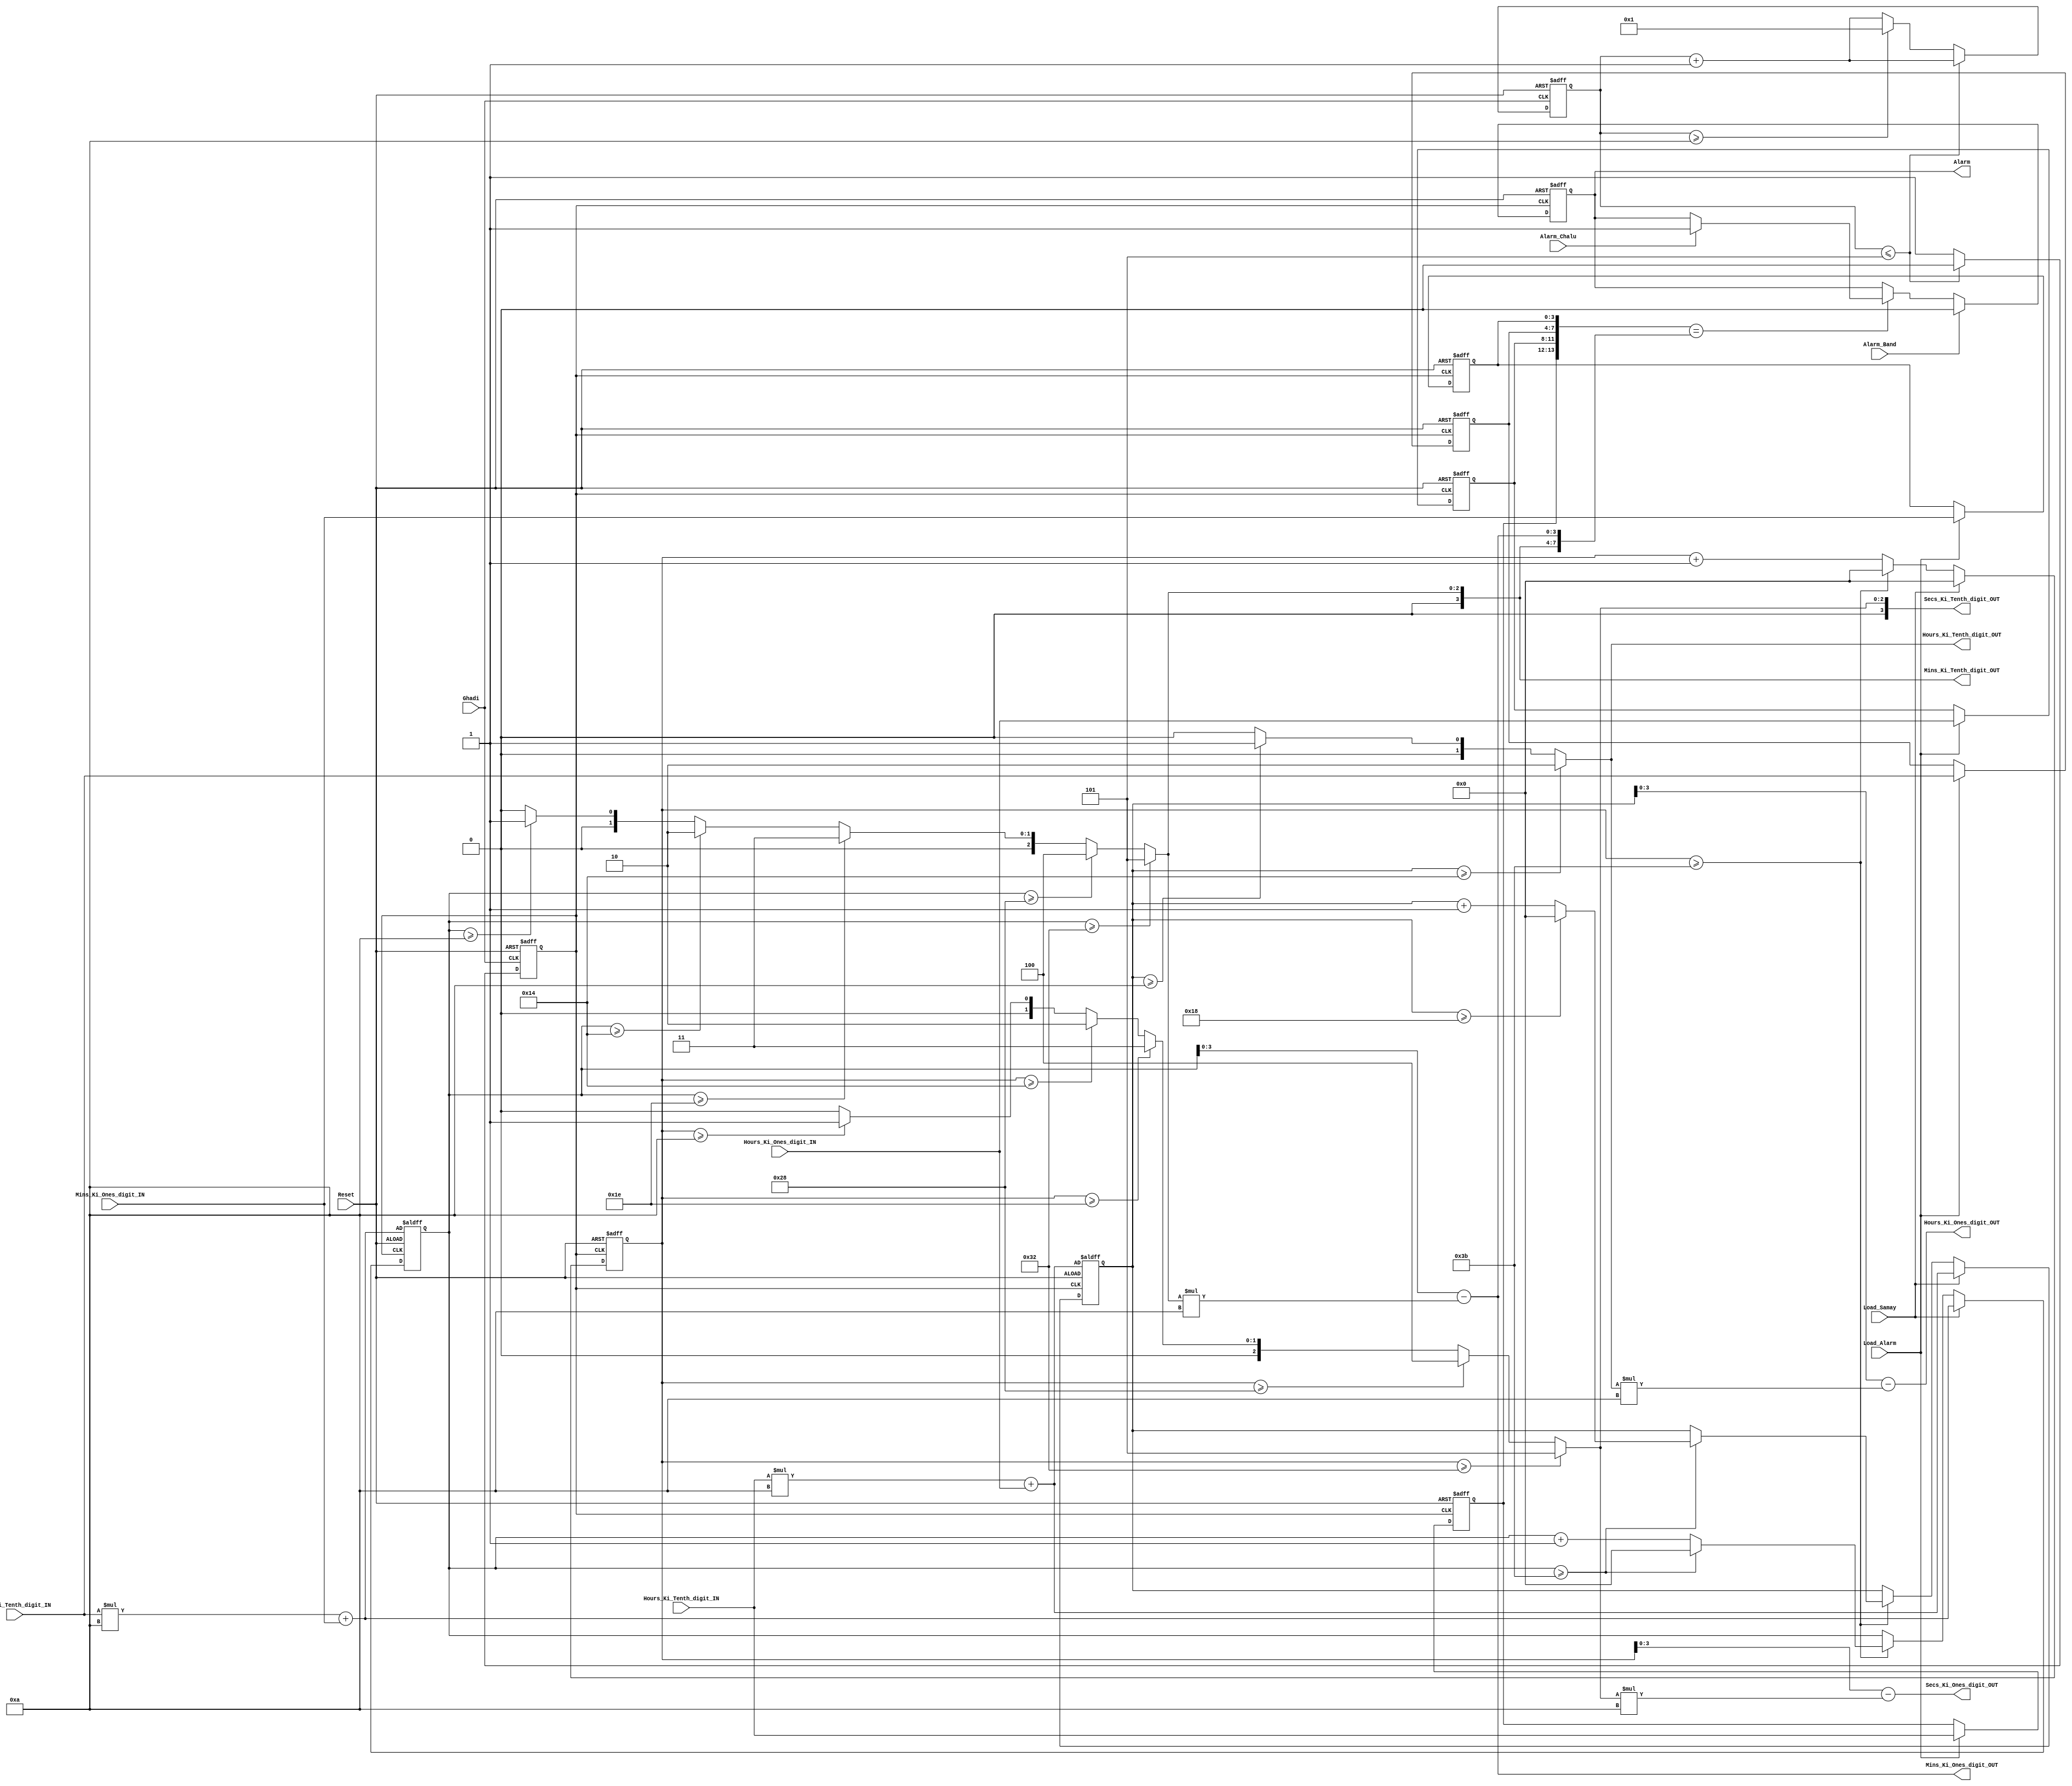
module Aclock(
input Reset, Ghadi, Load_Samay, Load_Alarm, Alarm_Band, Alarm_Chalu, 
input [1:0] Hours_Ki_Tenth_digit_IN,                                          // tens digit of hours
input [3:0] Hours_Ki_Ones_digit_IN,                                           // ones digit of hours
input [3:0] Mins_Ki_Tenth_digit_IN,                                           // tens digit of minutes
input [3:0] Mins_Ki_Ones_digit_IN,                                            // ones digit of minutes

output reg Alarm,                                                             // Output batata hua ki alarm bajna chaie ki nahi
output [1:0]  Hours_Ki_Tenth_digit_OUT,                                       // tens digit of hours
output [3:0]  Hours_Ki_Ones_digit_OUT,                                        // ones digit of hours
output [3:0]  Mins_Ki_Tenth_digit_OUT,                                        // tens digit of minutes
output [3:0]  Mins_Ki_Ones_digit_OUT,                                         // ones digit of minutes
output [3:0]  Secs_Ki_Tenth_digit_OUT,                                        // tens digit of seconds
output [3:0]  Secs_Ki_Ones_digit_OUT);                                        // ones digit of seconds

reg Ghadi_1s;                                                                 // generating a 1Hz clock signal
reg [3:0] tmp_1s;                                                             // counting seconds
reg [5:0] Temp_Hour, Temp_Min, Temp_Sec;                                      // storing time values
reg [1:0] Current_Hour_Ki_Tenth_Digit,Alarm_Hour_Ki_Tenth_Digit;              // storing current and alarm hour tens digits
reg [3:0] Current_Hour_Ki_Ones_Digit,Alarm_Hour_Ki_Ones_Digit;                // storing current and alarm hour ones digits
reg [3:0] Current_Min_Ki_Tenth_Digit,Alarm_Min_Ki_Tenth_Digit;                // storing current and alarm minute tens digits
reg [3:0] Current_Min_Ki_Ones_Digit,Alarm_Min_Ki_Ones_Digit;                  // storing current and alarm minute ones digits
reg [3:0] Current_Sec_Ki_Tenth_Digit,Alarm_Sec_Ki_Tenth_Digit;                // storing current and alarm second tens digits
reg [3:0] Current_Sec_Ki_Ones_Digit,Alarm_Sec_Ki_Ones_Digit;                  // storing current and alarm second ones digits

function [3:0] mod_10;                                                        // Function to calculate modulo 10 of a 6-bit sankhya
input [5:0] sankhya;
begin
    mod_10 = (sankhya >= 50) ? 5 : ((sankhya >= 40) ? 4 : ((sankhya >= 30) ? 3 : ((sankhya >= 20) ? 2 : ((sankhya >= 10) ? 1 : 0))));
end
endfunction

always @(posedge Ghadi_1s or posedge Reset)                                   // Always block triggered on positive edge of Ghadi_1s or Reset
begin
    if (Reset) begin                                                          // Resetting alarm time registers
        Alarm_Hour_Ki_Tenth_Digit <= 2'b00;
        Alarm_Hour_Ki_Ones_Digit <= 4'b0000;
        Alarm_Min_Ki_Tenth_Digit <= 4'b0000;
        Alarm_Min_Ki_Ones_Digit <= 4'b0000;
        Alarm_Sec_Ki_Tenth_Digit <= 4'b0000;
        Alarm_Sec_Ki_Ones_Digit <= 4'b0000;
        Temp_Hour <= Hours_Ki_Tenth_digit_IN*10 + Hours_Ki_Ones_digit_IN;     // Setting temporary time registers
        Temp_Min <= Mins_Ki_Tenth_digit_IN*10 + Mins_Ki_Ones_digit_IN;
        Temp_Sec <= 0;
    end
    else begin                                                                // Loading alarm time if Load_Alarm is asserted
        if (Load_Alarm) begin
            Alarm_Hour_Ki_Tenth_Digit <= Hours_Ki_Tenth_digit_IN;
            Alarm_Hour_Ki_Ones_Digit <= Hours_Ki_Ones_digit_IN;
            Alarm_Min_Ki_Tenth_Digit <= Mins_Ki_Tenth_digit_IN;
            Alarm_Min_Ki_Ones_Digit <= Mins_Ki_Ones_digit_IN;
            Alarm_Sec_Ki_Tenth_Digit <= 4'b0000;
            Alarm_Sec_Ki_Ones_Digit <= 4'b0000;
        end                                                                   // Loading time if Load_Samay is asserted
        if (Load_Samay) begin
            Temp_Hour <= Hours_Ki_Tenth_digit_IN*10 + Hours_Ki_Ones_digit_IN;
            Temp_Min <= Mins_Ki_Tenth_digit_IN*10 + Mins_Ki_Ones_digit_IN;
            Temp_Sec <= 0;
        end
        else begin                                                           // Incrementing seconds and updating minutes and hours accordingly
            Temp_Sec <= Temp_Sec + 1;
            if (Temp_Sec >= 59) begin
                Temp_Min <= Temp_Min + 1;
                Temp_Sec <= 0;
                if (Temp_Min >= 59) begin
                    Temp_Min <= 0;
                    Temp_Hour <= Temp_Hour + 1;
                    if (Temp_Hour >= 24) begin
                        Temp_Hour <= 0;
                    end
                end
            end
        end
    end
end

always @(posedge Ghadi or posedge Reset)                                     // Always block triggered on positive edge of Ghadi or Reset
begin
    if (Reset) begin                                                         // Resetting 1s clock counter and output
        tmp_1s <= 0;
        Ghadi_1s <= 0;
    end
    else begin                                                               // Resetting 1s clock counter and output
        tmp_1s <= tmp_1s + 1;
        if (tmp_1s <= 5)
            Ghadi_1s <= 0;
        else if (tmp_1s >= 10) begin
            Ghadi_1s <= 1;
            tmp_1s <= 1;
        end
        else
            Ghadi_1s <= 1;
    end
end

always @(*)                                                                   // Always block to calculate current time digits based on temporary time registers
begin
    if (Temp_Hour >= 20)
        Current_Hour_Ki_Tenth_Digit = 2;
    else begin
        if (Temp_Hour >= 10)
            Current_Hour_Ki_Tenth_Digit = 1;
        else
            Current_Hour_Ki_Tenth_Digit = 0;
    end
    Current_Hour_Ki_Ones_Digit = Temp_Hour - Current_Hour_Ki_Tenth_Digit*10;
    Current_Min_Ki_Tenth_Digit = mod_10(Temp_Min);
    Current_Min_Ki_Ones_Digit = Temp_Min - Current_Min_Ki_Tenth_Digit*10;
    Current_Sec_Ki_Tenth_Digit = mod_10(Temp_Sec);
    Current_Sec_Ki_Ones_Digit = Temp_Sec - Current_Sec_Ki_Tenth_Digit*10;
end

always @(posedge Ghadi_1s or posedge Reset)                                  // Always block triggered on positive edge of Ghadi_1s or Reset to check alarm condition
begin
    if (Reset)
        Alarm <= 0;
    else begin                                                              // Checking if current time matches alarm time and Alarm_Chalu is asserted
        if ({Alarm_Hour_Ki_Tenth_Digit,Alarm_Hour_Ki_Ones_Digit,Alarm_Min_Ki_Tenth_Digit,Alarm_Min_Ki_Ones_Digit} == {Current_Hour_Ki_Tenth_Digit,Current_Hour_Ki_Ones_Digit,Current_Min_Ki_Tenth_Digit,Current_Min_Ki_Ones_Digit}) begin
            if (Alarm_Chalu)
                Alarm <= 1;
        end                                                                // Resetting alarm if Alarm_Band is asserted
        if (Alarm_Band)
            Alarm <= 0;
    end
end
assign Hours_Ki_Tenth_digit_OUT = Current_Hour_Ki_Tenth_Digit;              // output values assign hore hain
assign Hours_Ki_Ones_digit_OUT = Current_Hour_Ki_Ones_Digit;
assign Mins_Ki_Tenth_digit_OUT = Current_Min_Ki_Tenth_Digit;
assign Mins_Ki_Ones_digit_OUT = Current_Min_Ki_Ones_Digit;
assign Secs_Ki_Tenth_digit_OUT = Current_Sec_Ki_Tenth_Digit;
assign Secs_Ki_Ones_digit_OUT = Current_Sec_Ki_Ones_Digit;

endmodule